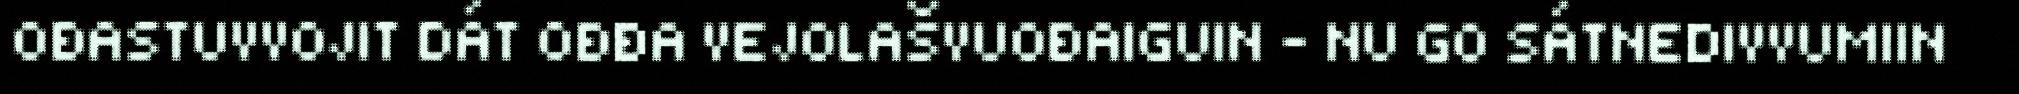
OĐASTUVVOJIT DÁT OĐĐA VEJOLAŠVUOĐAIGUIN – NU GO SÁTNEDIVVUMIIN